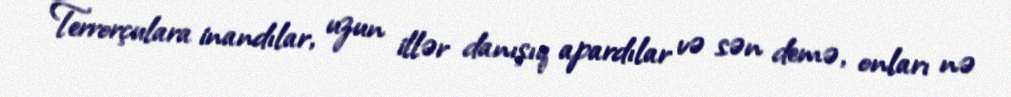
Terrorçulara inandılar, uzun illər danışıq apardılar və sən demə, onları nə